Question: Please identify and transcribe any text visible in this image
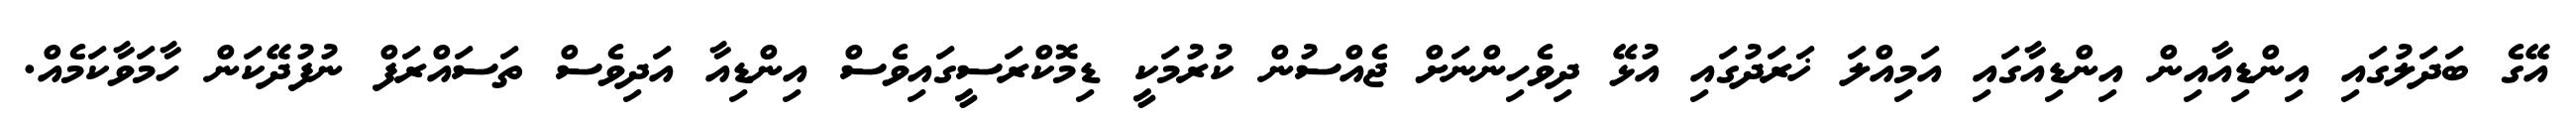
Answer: އޭގެ ބަދަލުގައި އިންޑިއާއިން އިންޑިއާގައި އަމިއްލަ ޚަރަދުގައި އުޅޭ ދިވެހިންނަށް ޖެއްސުން ކުރުމަކީ ޑިމޮކްރަސީގައިވެސް އިންޑިއާ އަދިވެސް ތަސައްރަފް ނުފުދޭކަން ހާމަވާކަމެއް.